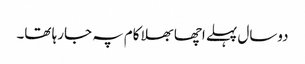
دوسال پہلے اچھا بھلا کام پہ جارہا تھا۔